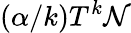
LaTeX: (\alpha/k)T^{k}{\cal N}